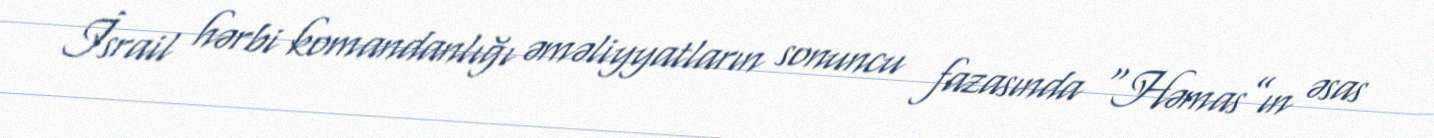
İsrail hərbi komandanlığı əməliyyatların sonuncu fazasında “Həmas”ın əsas